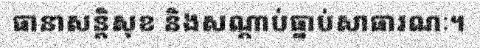
ធានាសន្តិសុខ និងសណ្តាប់ធ្នាប់សាធារណៈ។